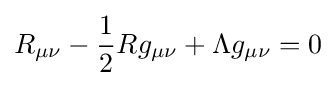
R_{\mu \nu }-{\frac {1}{2}}Rg_{\mu \nu }+\Lambda g_{\mu \nu }=0